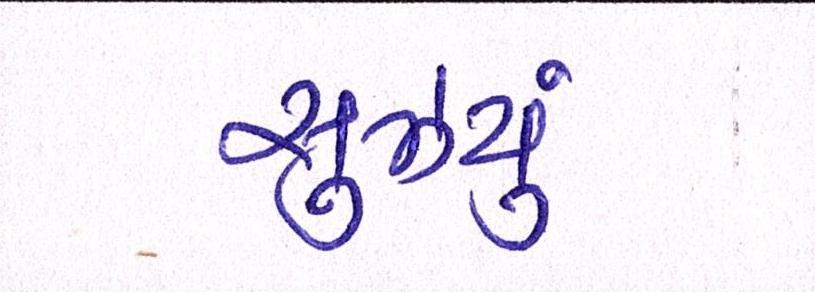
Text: સુઝયું